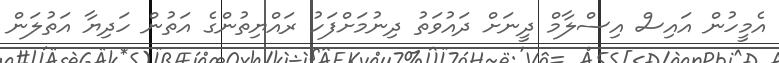
އެމީހުން އައިސް އިސްލާމް ދީނަށް ދައުވަތު ދިނުމަށްފަހު ރައްޔިތުންގެ އަތުން ހަދިޔާ އަތުލަން